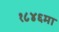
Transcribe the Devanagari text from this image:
१८४६मा